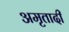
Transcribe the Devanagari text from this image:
अमृतादी